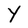
Character: Y